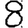
Digit: 8